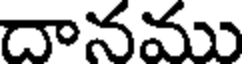
దానము